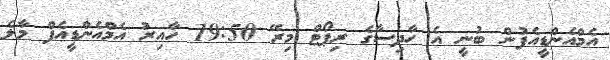
އެމްއެންޑީއެފުން ބުނީ އެ ހާދިސާގެ ރިޕޯޓް މިރޭ 19:50 ހާއިރު އެމްއެންޑީއެފް މާލެ